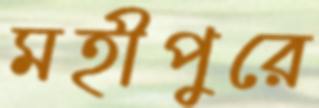
মহীপুরে